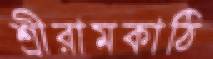
শ্রীরামকাঠি